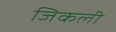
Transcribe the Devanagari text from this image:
जिकली